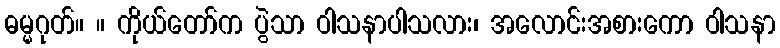
ဓမ္မဂုတ်။ ။ ကိုယ်တော်က ပွဲသာ ဝါသနာပါသလား၊ အလောင်းအစားကော ဝါသနာ